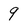
Character: 9